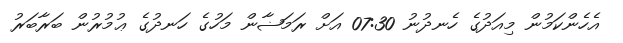
އެހެންކަމުން މިއަދުގެ ހެނދުނު 07:30 އަށް ރަމަޟާން މަހުގެ ހަނދުގެ ޢުމުރުން ބަރާބަރު